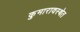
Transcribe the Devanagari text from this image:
कुमारावस्थेत